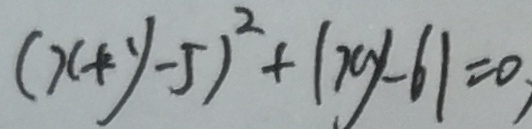
( x + y - 5 ) ^ { 2 } + \vert x y - 6 \vert = 0